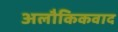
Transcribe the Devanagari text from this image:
अलौकिकवाद